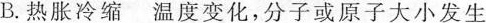
B.热胀冷缩 温度变化，分子或原子大小发生